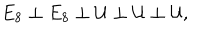
LaTeX: E _ { 8 } \perp E _ { 8 } \perp { \cal U } \perp { \cal U } \perp { \cal U } ,